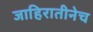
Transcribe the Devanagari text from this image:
जाहिरातीनेच